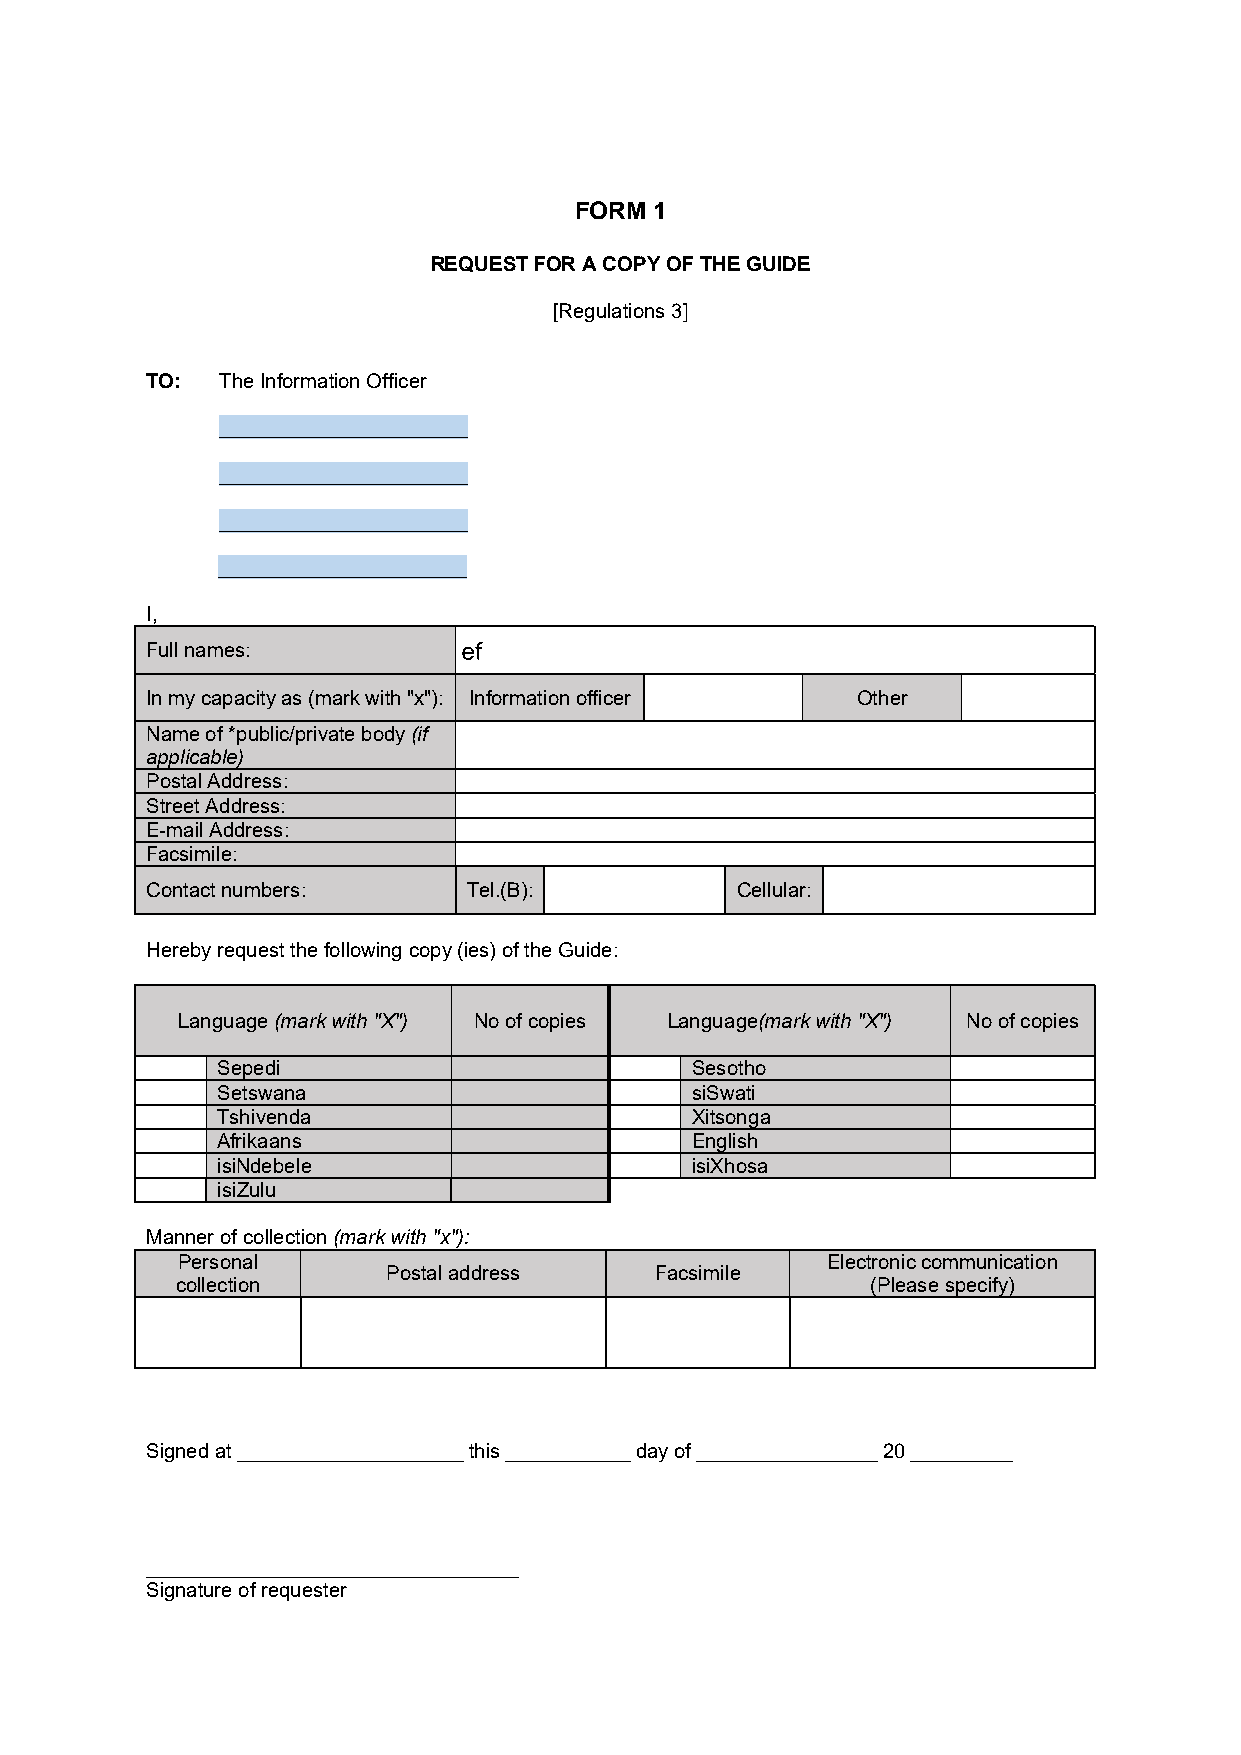
FORM 1
 REQUEST FOR A COPY OF THE GUIDE
 [Regulations3]
 TO: The Information Officer
 ______________________
 ______________________
 ______________________
 ______________________
 I,
 Full names:
 In my capacity as(mark with "x"): Information officer Other
 Name of *public/private body (if
 applicable)
 Postal Address:
 Street Address:
 E-mail Address:
 Facsimile:
 Contact numbers:     Tel.(B):          Cellular:
 Herebyrequest the following copy (ies) of the Guide:
 Language(mark with "X") No of copies Language(mark with "X") No of copies
 Sepedi                          Sesotho
 Setswana                        siSwati
 Tshivenda                       Xitsonga
 Afrikaans                       English
 isiNdebele                      isiXhosa
 isiZulu
 Manner of collection (mark with "x"):
 Personal                                   Electronic communication
 Postal address   Facsimile
 collection                                    (Please specify)
 Signed at ____________________ this ___________ day of ________________ 20 _________
 _________________________________
 Signatureof requester